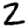
Digit: 2